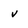
Character: v